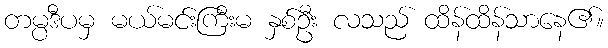
တမ္ပဒီပမှ မယ်မင်းကြီးမ နှစ်ဦး လသည် ထိန်ထိန်သာနေ၏။